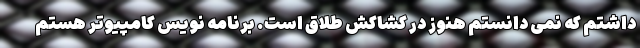
داشتم که نمی دانستم هنوز در کشاکش طلاق است. برنامه نویس کامپیوتر هستم